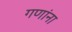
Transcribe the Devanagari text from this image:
गणांना